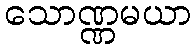
သောဏ္ဏမယာ